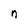
Character: n